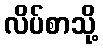
လိပ်စာသို့